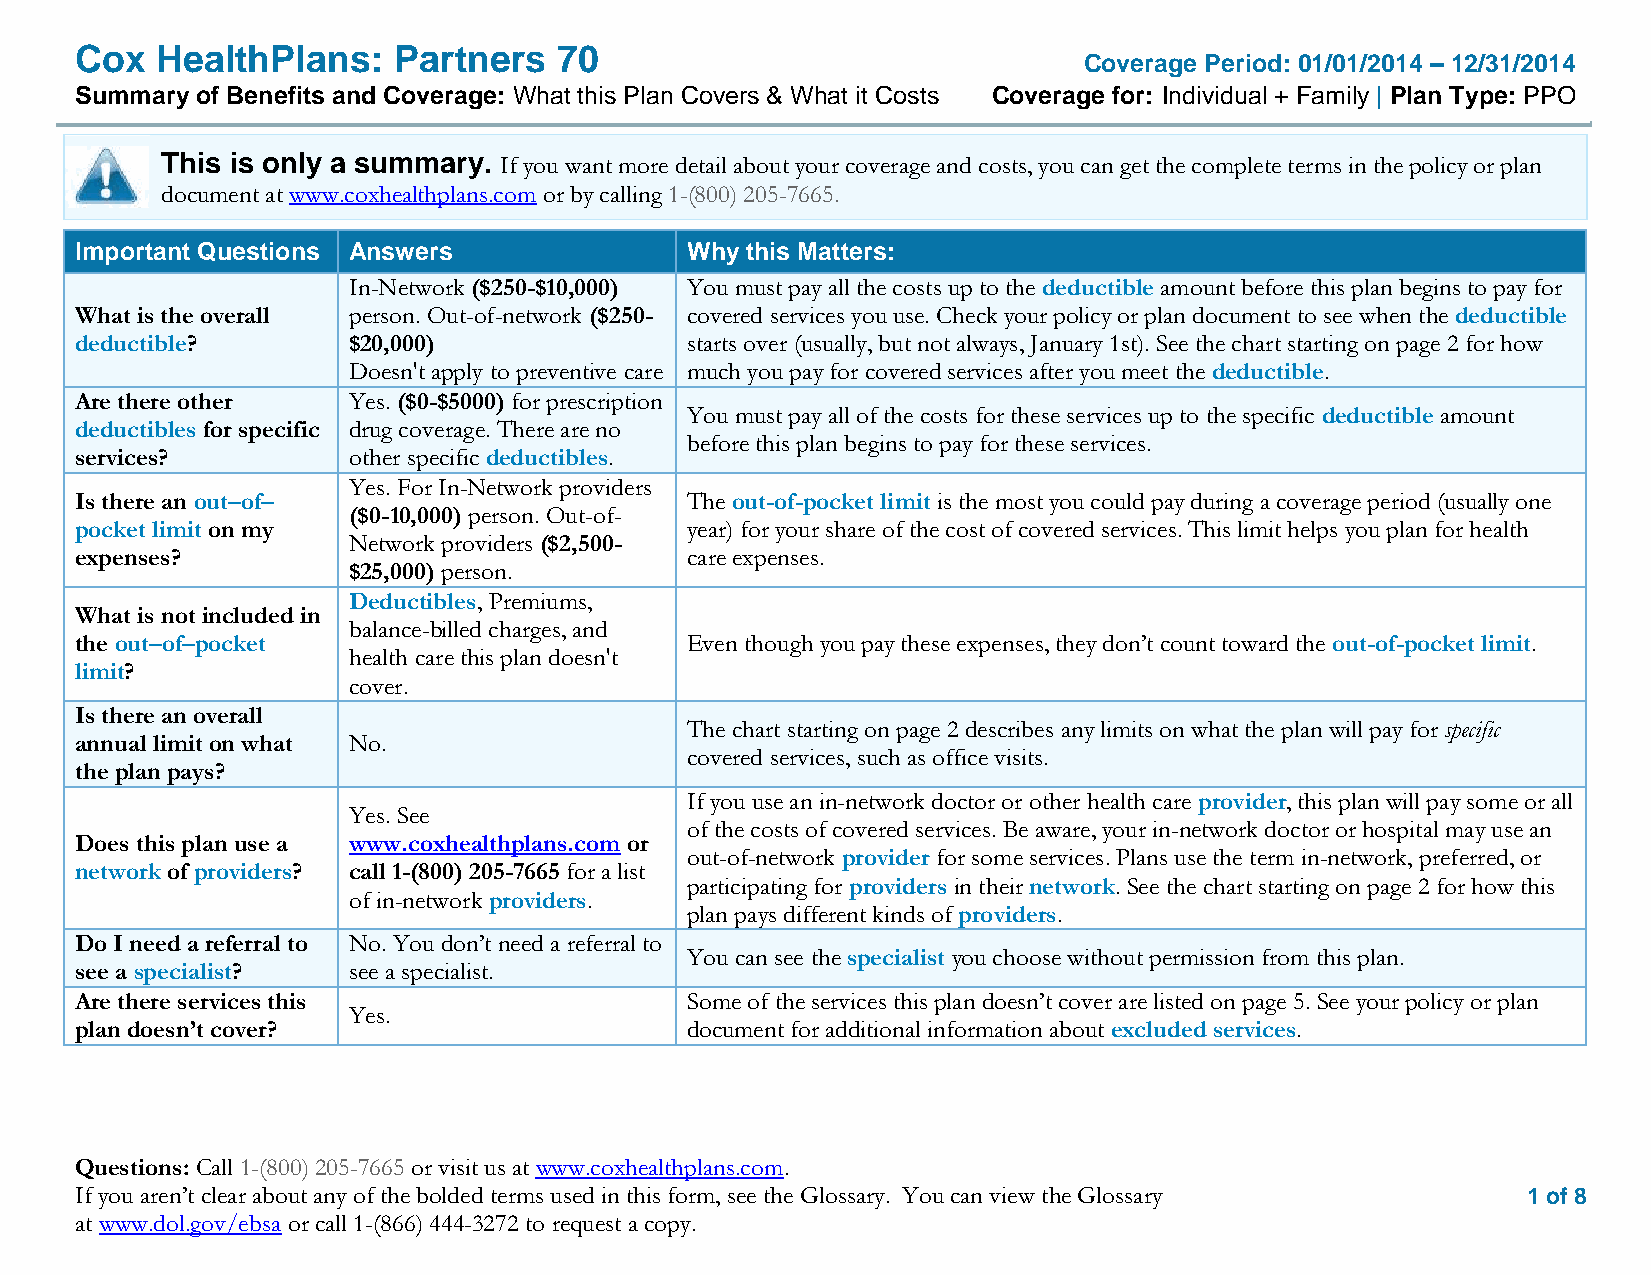
Cox  HealthPlans:    Partners   70
 Coverage Period: 01/01/2014 – 12/31/2014
 Summary of Benefits and Coverage: What this Plan Covers & What it Costs Coverage for: Individual + Family | Plan Type: PPO
 This is only a summary. If you want more detail about your coverage and costs, you can get the complete terms in the policy or plan
 document at www.coxhealthplans.com or by calling 1-(800) 205-7665.
 Important Questions Answers             Why this Matters:
 In-Network ($250-$10,000) You must pay all the costs up to the deductible amount before this plan begins to pay for
 What is the overall person. Out-of-network ($250- covered services you use. Check your policy or plan document to see when the deductible
 deductible?       $20,000)              starts over (usually, but not always, January 1st). See the chart starting on page 2 for how
 Doesn't apply to preventive care much you pay for covered services after you meet the deductible.
 Are there other   Yes. ($0-$5000) for prescription
 You must pay all of the costs for these services up to the specific deductible amount
 deductibles for specific drug coverage. There are no
 before this plan begins to pay for these services.
 services?         other specific deductibles.
 Yes. For In-Network providers
 Is there an out–of–                     The out-of-pocket limit is the most you could pay during a coverage period (usually one
 ($0-10,000) person. Out-of-
 pocket limit on my                      year) for your share of the cost of covered services. This limit helps you plan for health
 Network providers ($2,500-
 expenses?                               care expenses.
 $25,000) person.
 Deductibles, Premiums,
 What is not included in
 balance-billed charges, and
 the out–of–pocket                       Even though you pay these expenses, they don’t count toward the out-of-pocket limit.
 health care this plan doesn't
 limit?
 cover.
 Is there an overall
 The chart starting on page 2 describes any limits on what the plan will pay for specific
 annual limit on what No.
 covered services, such as office visits.
 the plan pays?
 If you use an in-network doctor or other health care provider, this plan will pay some or all
 Yes. See
 of the costs of covered services. Be aware, your in-network doctor or hospital may use an
 Does this plan use a www.coxhealthplans.com or
 out-of-network provider for some services. Plans use the term in-network, preferred, or
 network of providers? call 1-(800) 205-7665 for a list
 participating for providers in their network. See the chart starting on page 2 for how this
 of in-network providers.
 plan pays different kinds of providers.
 Do I need a referral to No. You don’t need a referral to
 You can see the specialist you choose without permission from this plan.
 see a specialist? see a specialist.
 Are there services this                 Some of the services this plan doesn’t cover are listed on page 5. See your policy or plan
 Yes.
 plan doesn’t cover?                     document for additional information about excluded services.
 Questions: Call 1-(800) 205-7665 or visit us at www.coxhealthplans.com.
 If you aren’t clear about any of the bolded terms used in this form, see the Glossary. You can view the Glossary 1 of 8
 at www.dol.gov/ebsa or call 1-(866) 444-3272 to request a copy.